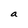
Character: a